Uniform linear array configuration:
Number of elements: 48
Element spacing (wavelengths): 1
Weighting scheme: exponential
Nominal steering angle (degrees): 15
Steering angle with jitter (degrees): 14.091
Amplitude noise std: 0.05
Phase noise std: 0.05

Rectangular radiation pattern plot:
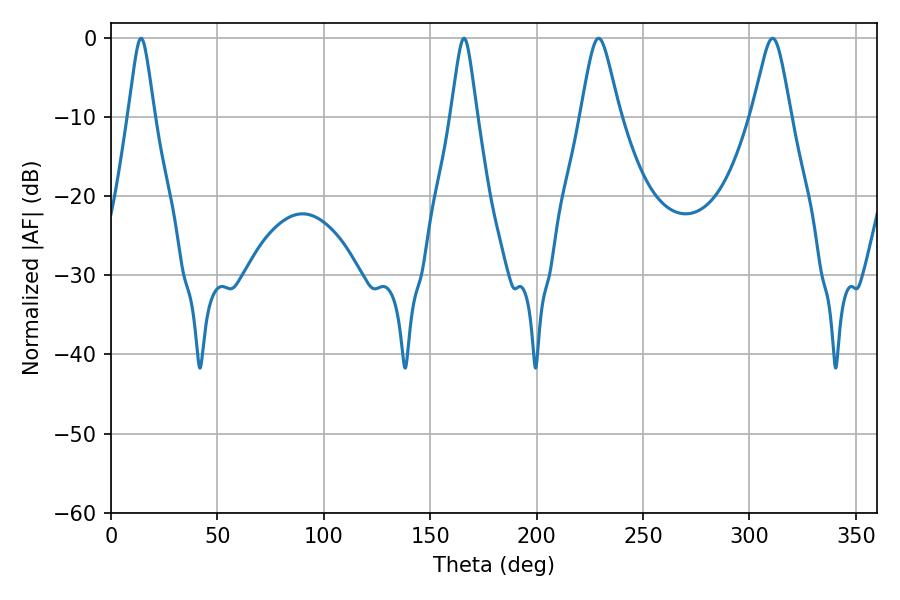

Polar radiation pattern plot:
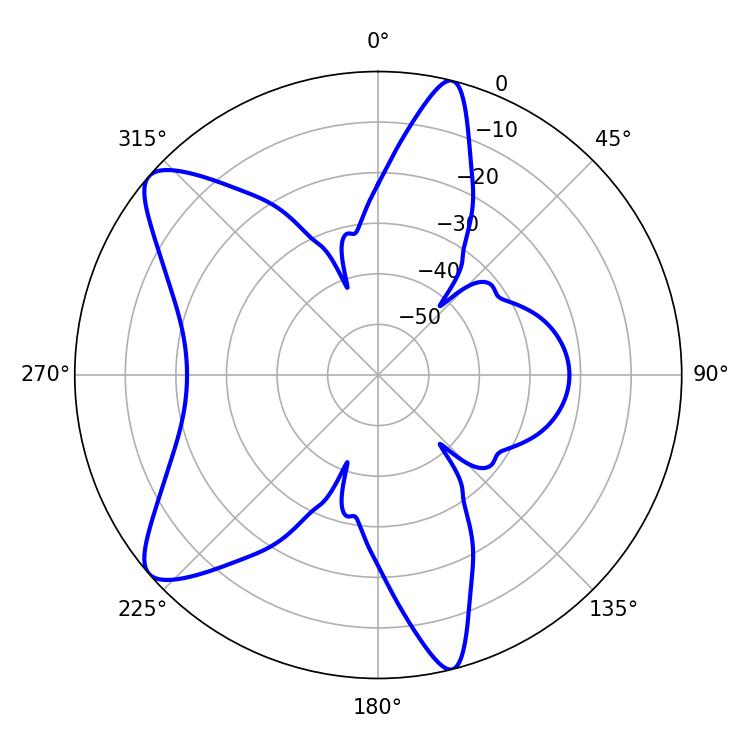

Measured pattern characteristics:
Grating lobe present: TRUE
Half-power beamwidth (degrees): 8.82
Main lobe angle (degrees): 229.14